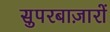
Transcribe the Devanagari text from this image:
सुपरबाज़ारों